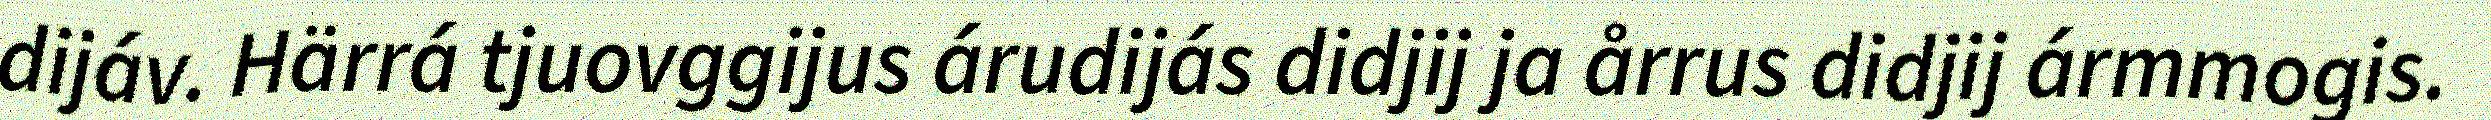
dijáv. Härrá tjuovggijus árudijás didjij ja årrus didjij ármmogis.